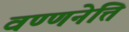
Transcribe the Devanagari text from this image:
वण्णनेत्ति